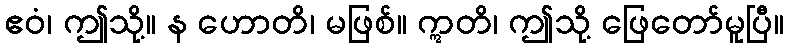
ဧဝံ၊ ဤသို့။ န ဟောတိ၊ မဖြစ်။ ဣတိ၊ ဤသို့ ဖြေတော်မူပြီ။